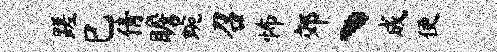
蹉巳倩瞻蜿召怖郊丶成便